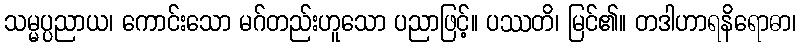
သမ္မပ္ပညာယ၊ ကောင်းသော မဂ်တည်းဟူသော ပညာဖြင့်။ ပဿတိ၊ မြင်၏။ တဒါဟာရနိရောဓာ၊